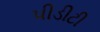
પીડીટી